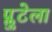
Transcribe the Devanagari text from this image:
प्लुटेला